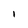
Character: 1